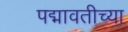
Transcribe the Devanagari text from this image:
पद्मावतीच्या